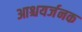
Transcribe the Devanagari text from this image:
आश्चयर्जनक